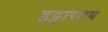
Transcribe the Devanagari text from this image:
हट्टास्तव